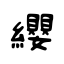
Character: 纓